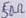
Text: 50Ω